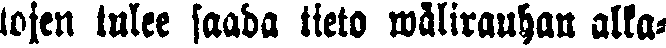
tojen tulee saada tieto wälirauhan alka-